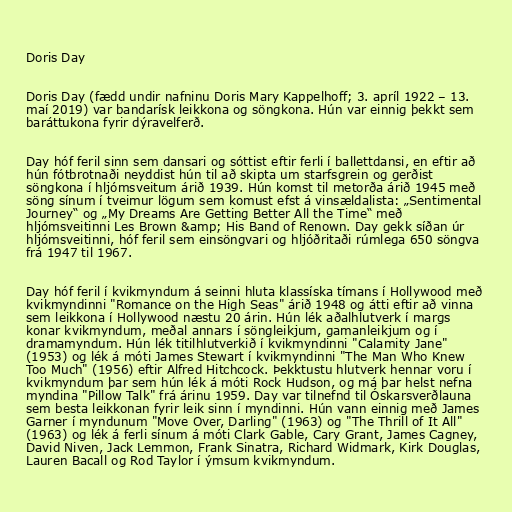
Doris Day

Doris Day (fædd undir nafninu Doris Mary Kappelhoff; 3. apríl 1922 – 13.
maí 2019) var bandarísk leikkona og söngkona. Hún var einnig þekkt sem
baráttukona fyrir dýravelferð.

Day hóf feril sinn sem dansari og sóttist eftir ferli í ballettdansi, en eftir að
hún fótbrotnaði neyddist hún til að skipta um starfsgrein og gerðist
söngkona í hljómsveitum árið 1939. Hún komst til metorða árið 1945 með
söng sínum í tveimur lögum sem komust efst á vinsældalista: „Sentimental
Journey“ og „My Dreams Are Getting Better All the Time“ með
hljómsveitinni Les Brown &amp; His Band of Renown. Day gekk síðan úr
hljómsveitinni, hóf feril sem einsöngvari og hljóðritaði rúmlega 650 söngva
frá 1947 til 1967.

Day hóf feril í kvikmyndum á seinni hluta klassíska tímans í Hollywood með
kvikmyndinni "Romance on the High Seas" árið 1948 og átti eftir að vinna
sem leikkona í Hollywood næstu 20 árin. Hún lék aðalhlutverk í margs
konar kvikmyndum, meðal annars í söngleikjum, gamanleikjum og í
dramamyndum. Hún lék titilhlutverkið í kvikmyndinni "Calamity Jane"
(1953) og lék á móti James Stewart í kvikmyndinni "The Man Who Knew
Too Much" (1956) eftir Alfred Hitchcock. Þekktustu hlutverk hennar voru í
kvikmyndum þar sem hún lék á móti Rock Hudson, og má þar helst nefna
myndina "Pillow Talk" frá árinu 1959. Day var tilnefnd til Óskarsverðlauna
sem besta leikkonan fyrir leik sinn í myndinni. Hún vann einnig með James
Garner í myndunum "Move Over, Darling" (1963) og "The Thrill of It All"
(1963) og lék á ferli sínum á móti Clark Gable, Cary Grant, James Cagney,
David Niven, Jack Lemmon, Frank Sinatra, Richard Widmark, Kirk Douglas,
Lauren Bacall og Rod Taylor í ýmsum kvikmyndum.